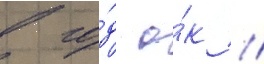
в го́д о́к //